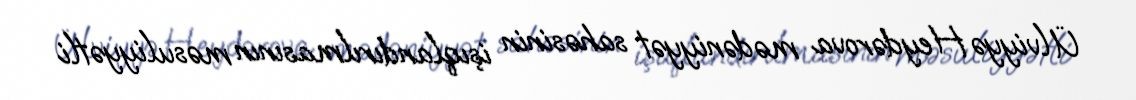
Ülviyyə Heydərova mədəniyyət sahəsinin işıqlandırılmasının məsuliyyətli